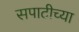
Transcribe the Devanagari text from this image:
सपाटीच्या